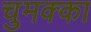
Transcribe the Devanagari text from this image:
चुमक्का